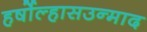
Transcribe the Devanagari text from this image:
हर्षोल्हासउन्माद